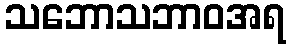
သဘောသဘာဝအရ